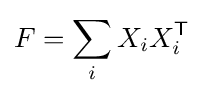
F=\sum _{i}X_{i}X_{i}^{\mathsf {T}}